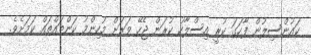
ކައުންސިލުން ފާހަގަ ކުރީ އިސްލާހު ކުރަން ޖެހޭ ވަރަށް މުހިންމު ކަންތައްތައް ކަމަށެވެ.